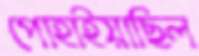
পোহাইয়াছিল